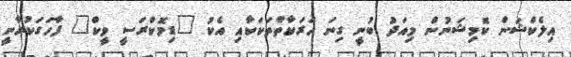
އިލެކްޝަން ކޮމިޝަނުން މިއަދު ބުނީ ގިނަ ހަރަކާތްތަކަކާއި އެކު "ޑިމޮކްރަސީ ވީކް" ފާހަގަކުރާނީ